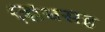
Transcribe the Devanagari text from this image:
सिंधसह